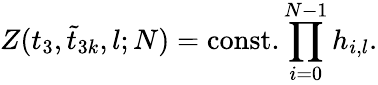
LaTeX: Z(t_{3},\tilde{t}_{3k},l;N)=\mathrm{const.}\prod_{i=0}^{N-1}h_{i,l}.